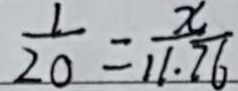
\frac { 1 } { 2 0 } = \frac { x } { 1 1 . \overline { 7 6 } }